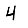
Digit: 4